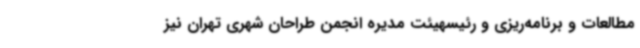
مطالعات و برنامه‌ریزی و رئیسهیئت مدیره انجمن طراحان شهری تهران نیز